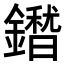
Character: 𮣕